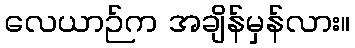
လေယာဉ်က အချိန်မှန်လား။